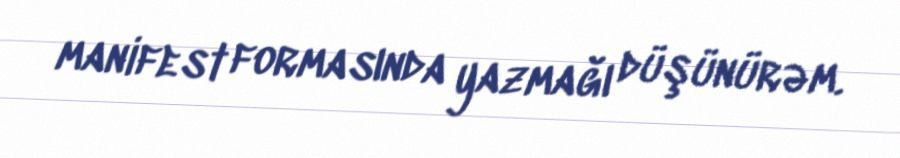
manifest formasında yazmağı düşünürəm.